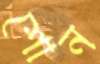
শোন